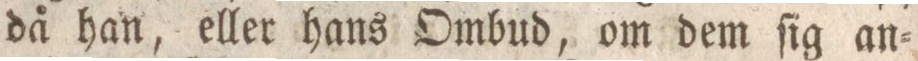
då han, eller hans Ombud, om dem ſig an=